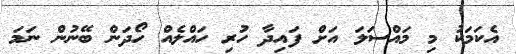
އެކަމަކު މި މައްސަލަ އަށް ފައިދާ ހުރި ހައްލެއް ހޯދަން ބޭނުން ނަމަ